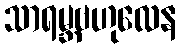
သာရမ္ဘဗဟုလေန